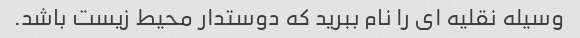
وسیله نقلیه ای را نام ببرید که دوستدار محیط زیست باشد.